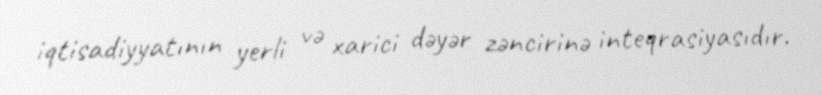
iqtisadiyyatının yerli və xarici dəyər zəncirinə inteqrasiyasıdır.